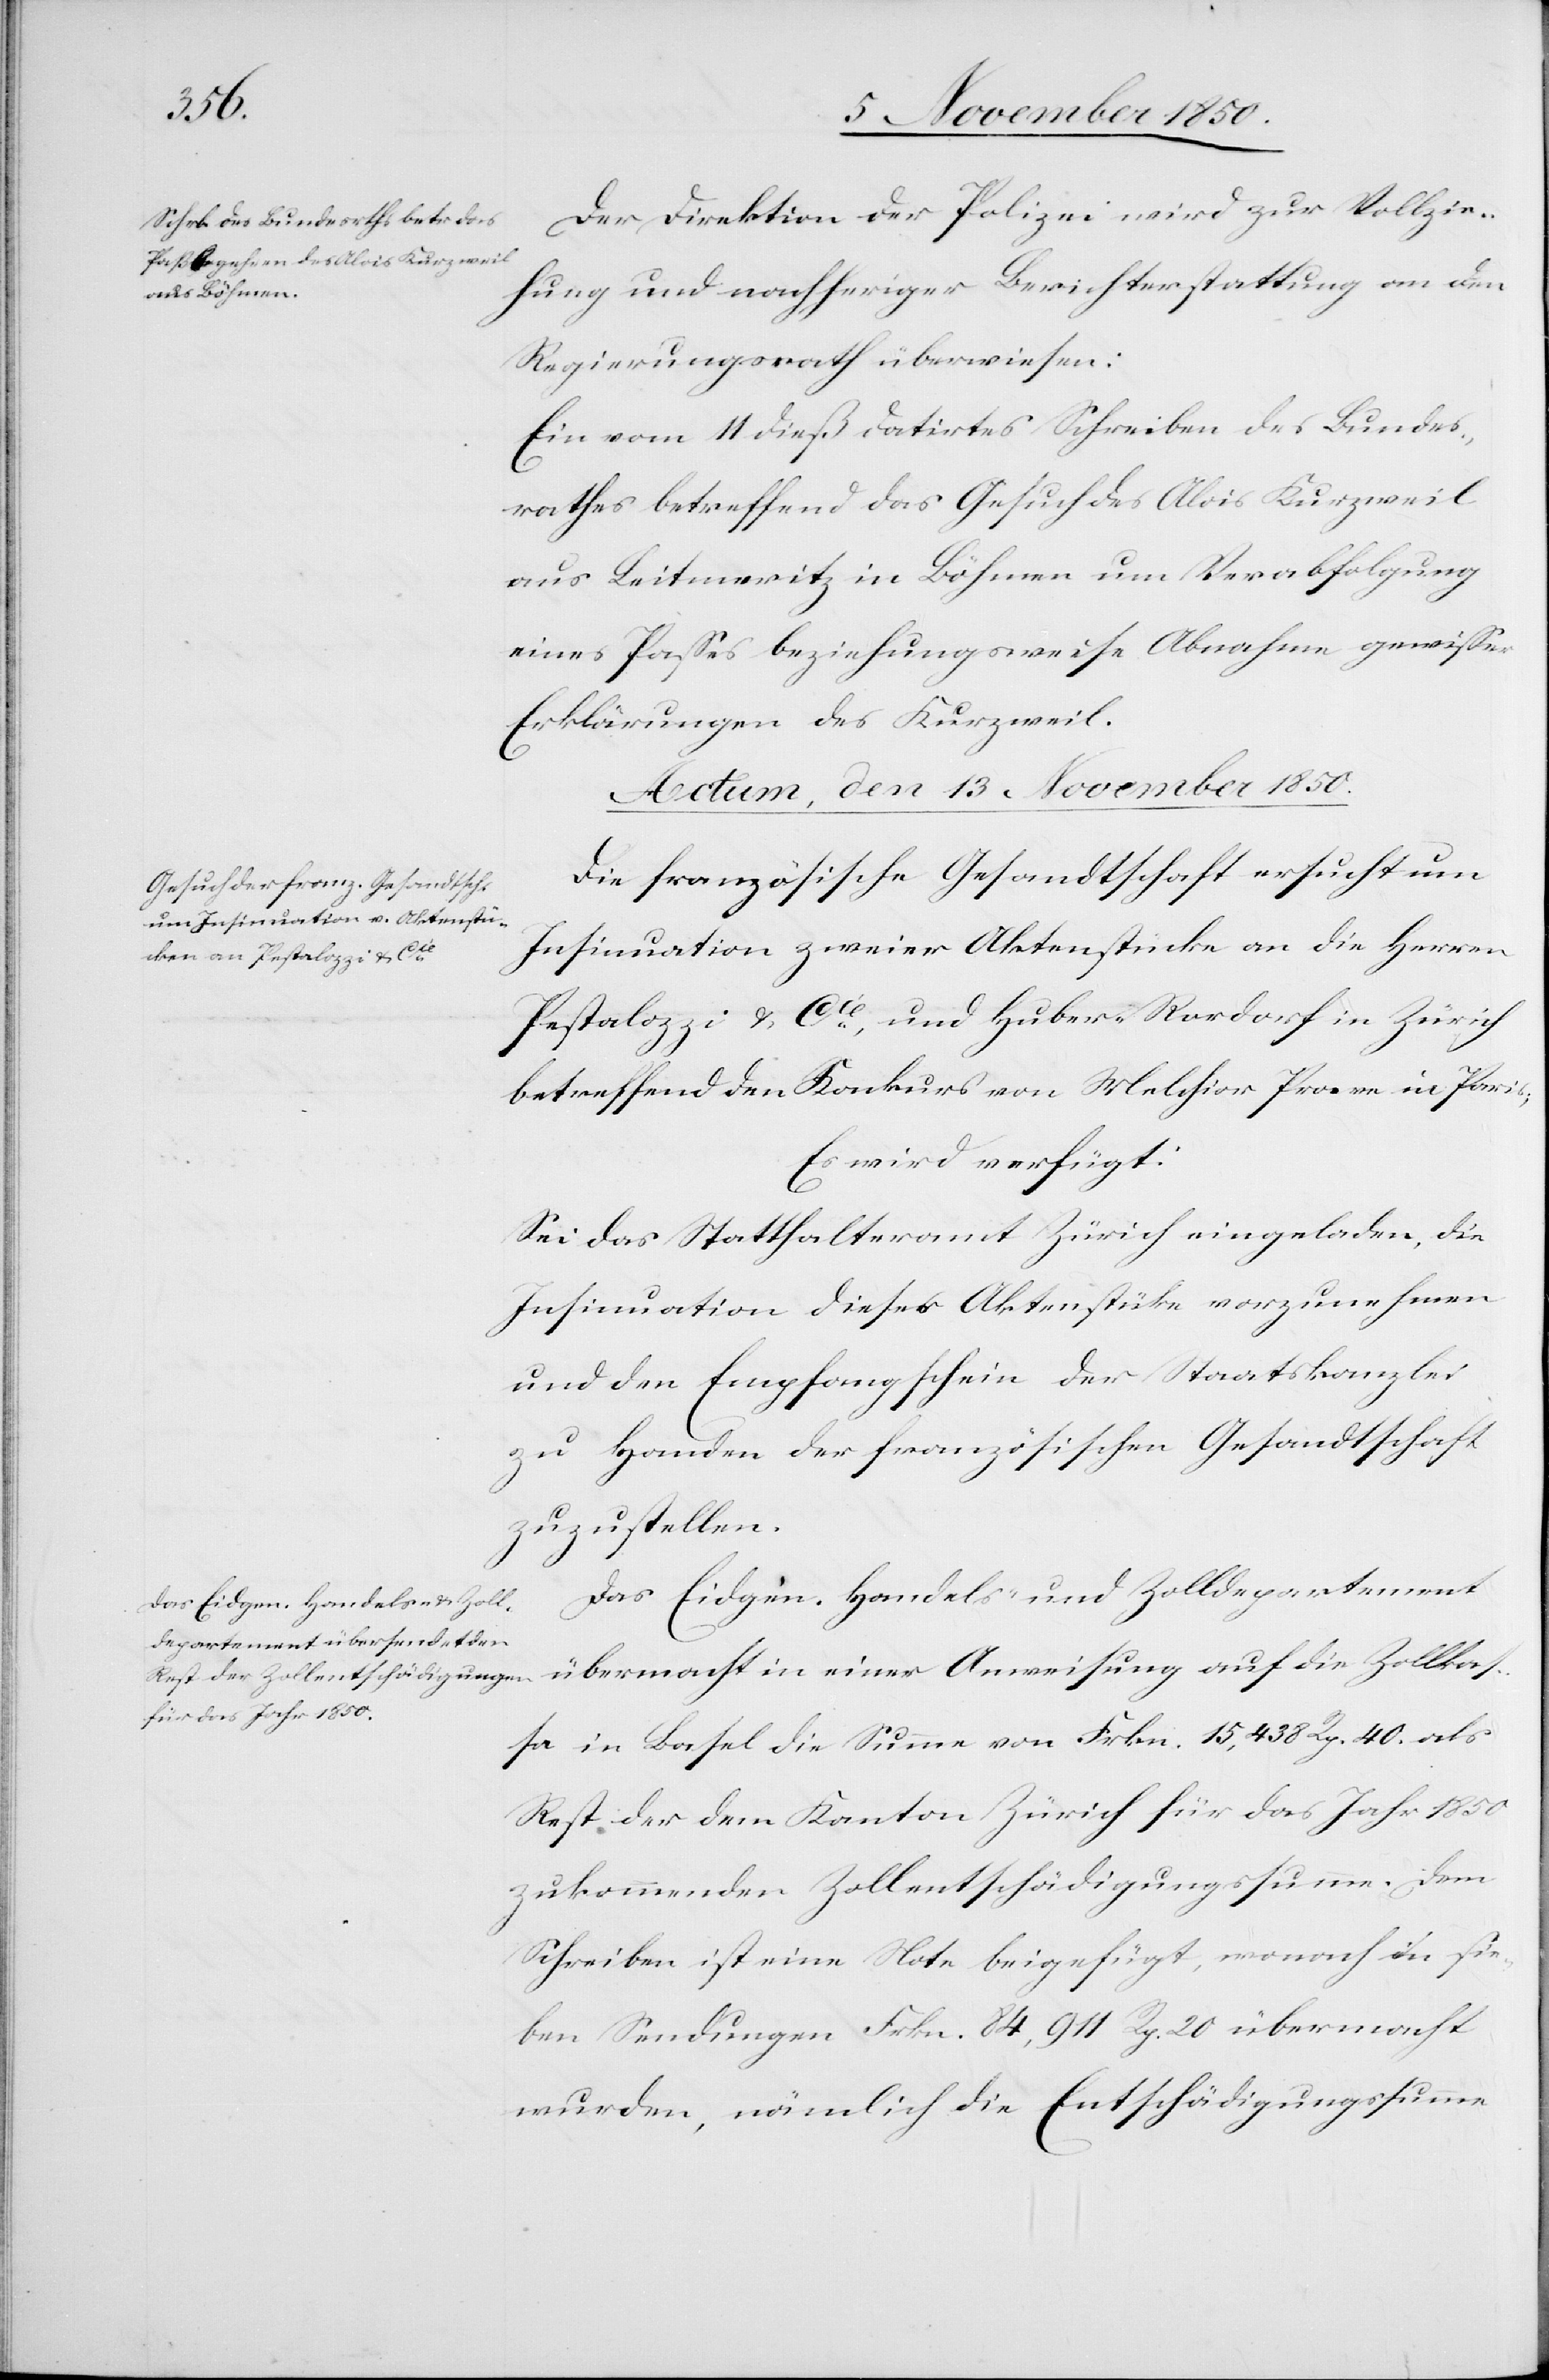
Der Direktion der Polizei wird zur Vollzie¬
hung und nachheriger Berichterstattung an den
Regierungsrath überwiesen:
Ein vom 11 dieß datirtes Schreiben des Bundes¬
rathes betreffend das Gesuch des Alois Kurzweil
aus Leitmeritz in Böhmen um Verabfolgung
eines Passes beziehungsweise Abnahme gewisser
Erklärungen des Kurzweil.
Actum, den 13 November 1850.]
Die französische Gesandtschaft ersucht um
Insinuation zweier Aktenstücke an die Herren
Pestalozzi & Cie und Huber-Rordorf in Zürich
betreffend den Konkurs von Melchior Pro[?e]ve in Paris;
Es wird verfügt:
Sei das Statthalteramt Zürich eingeladen, die
Insinuation dieser Aktenstücke vorzunehmen
und den Empfangschein der Staatskanzlei
zu Handen der französischen Gesandtschaft
zuzustellen.
Das Eidgen. Handels- und Zolldepartement
übermacht in einer Anweisung auf die Zollkas¬
sa in Basel die Summe von Frkn. 15,438 Rp. 40. als
Rest der dem Kanton Zürich für das Jahr 1850
zukommenden Zollentschädigungssumme. Dem
Schreiben ist eine Note beigefügt, wonach in sie¬
ben Sendungen Frkn. 84,911 Rp. 20 übermacht
wurden, nämlich die Entschädigungssumme